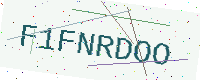
Text: F1FNRDOO